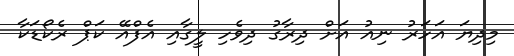
މިދިޔަ އަހަރު ނިއު އަށް ދިރާގު ދިވެހި ލީގާއި އެފްއޭ ކަޕް ރެކޯޑަކާ